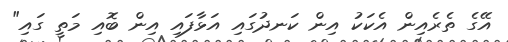
އޭގެ ތެރެއިން އެކަކު އިން ކަނދުގައި އަޅާފައި އިން ބޮއި މަތީ ގައި"